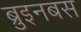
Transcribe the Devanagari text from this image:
ब्रुइनबस